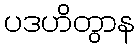
ပဒဟိတွာန